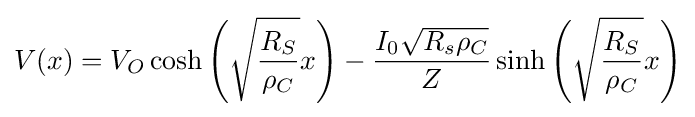
V(x)=V_{O}\cosh {\left({\sqrt {\frac {R_{S}}{\rho _{C}}}}x\right)}-{\frac {I_{0}{\sqrt {R_{s}\rho _{C}}}}{Z}}\sinh {\left({\sqrt {\frac {R_{S}}{\rho _{C}}}}x\right)}